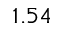
1 . 5 4